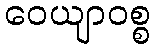
ဝေယျာဝစ္စ